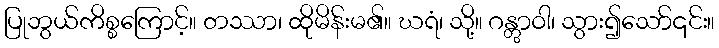
ပြုဘွယ်ကိစ္စကြောင့်။ တဿာ၊ ထိုမိန်းမ၏။ ဃရံ၊ သို့။ ဂန္တွာဝါ၊ သွား၍သော်၎င်း။